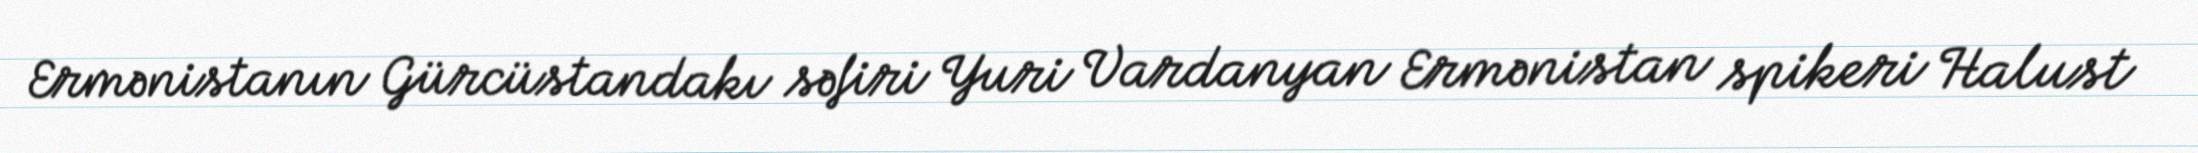
Ermənistanın Gürcüstandakı səfiri Yuri Vardanyan Ermənistan spikeri Halust